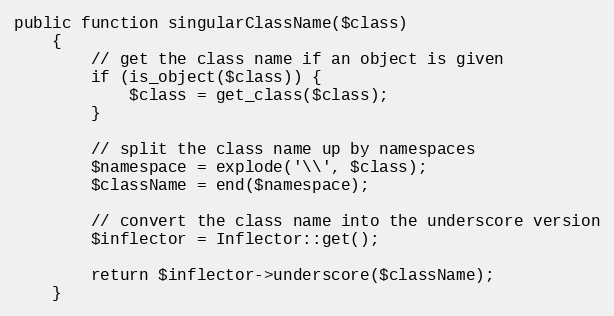
Language: PHP
public function singularClassName($class)
    {
        // get the class name if an object is given
        if (is_object($class)) {
            $class = get_class($class);
        }

        // split the class name up by namespaces
        $namespace = explode('\\', $class);
        $className = end($namespace);

        // convert the class name into the underscore version
        $inflector = Inflector::get();

        return $inflector->underscore($className);
    }